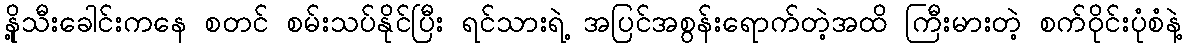
နို့သီးခေါင်းကနေ စတင် စမ်းသပ်နိုင်ပြီး ရင်သားရဲ့ အပြင်အစွန်းရောက်တဲ့အထိ ကြီးမားတဲ့ စက်ဝိုင်းပုံစံနဲ့